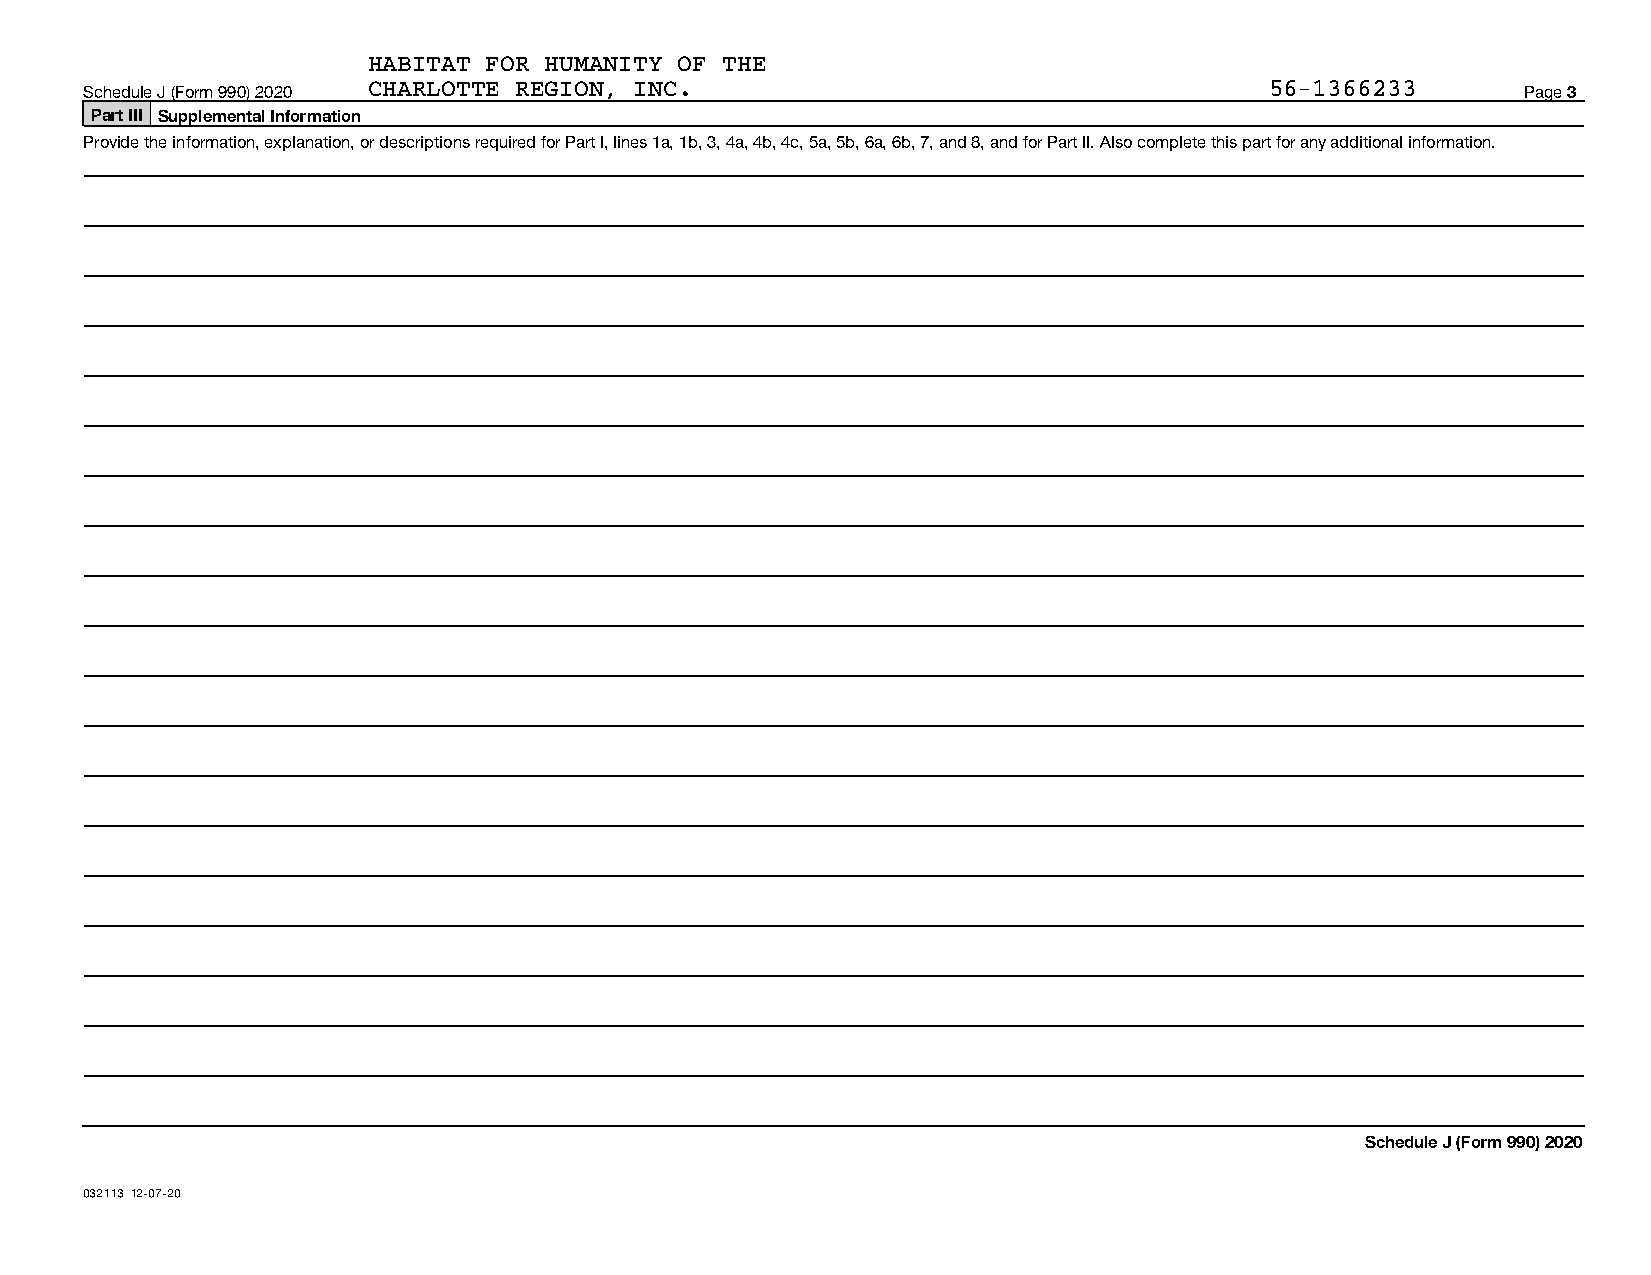
HABITAT FOR HUMANITY OF THE
 Schedule J (Form 990) 2020 CHARLOTTE REGION, INC.                             56-1366233       Page 3
 Part III Supplemental Information
 Provide the information, explanation, or descriptions required for Part I, lines 1a, 1b, 3, 4a, 4b, 4c, 5a, 5b, 6a, 6b, 7, and 8, and for Part II. Also complete this part for any additional information.
 Schedule J (Form 990) 2020
 032113 12-07-20